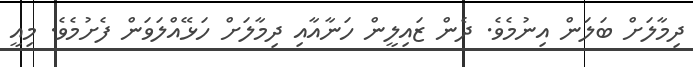
ދިމާލަށް ބަލަން އިނުމެވެ. ދެން ޒައިލީން ހަނާއާއި ދިމާލަށް ހަޅޭއްލަވަން ފެށުމެވެ. މިއީ